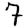
Digit: 7